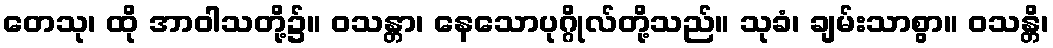
တေသု၊ ထို အာဝါသတို့၌။ ဝသန္တာ၊ နေသောပုဂ္ဂိုလ်တို့သည်။ သုခံ၊ ချမ်းသာစွာ။ ဝသန္တိ၊